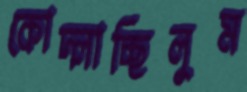
কোদ্‌লাচ্ছিলুম